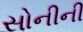
સોનીની